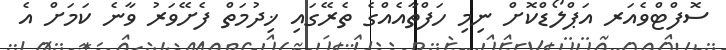
ސޮފްޓްވެއަރ އަޕްލޯޑްކޮށް ނިމި ހަފްތާއެއްގެ ތެރޭގައި ޚިދުމަތް ފެށޭވަރު ވާނެ ކަމަށް އެ